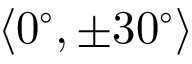
\langle 0 ^ { \circ } , \pm 3 0 ^ { \circ } \rangle